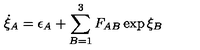
\dot { \xi } _ { A } = \epsilon _ { A } + \sum _ { B = 1 } ^ { 3 } F _ { A B } \exp \xi _ { B }